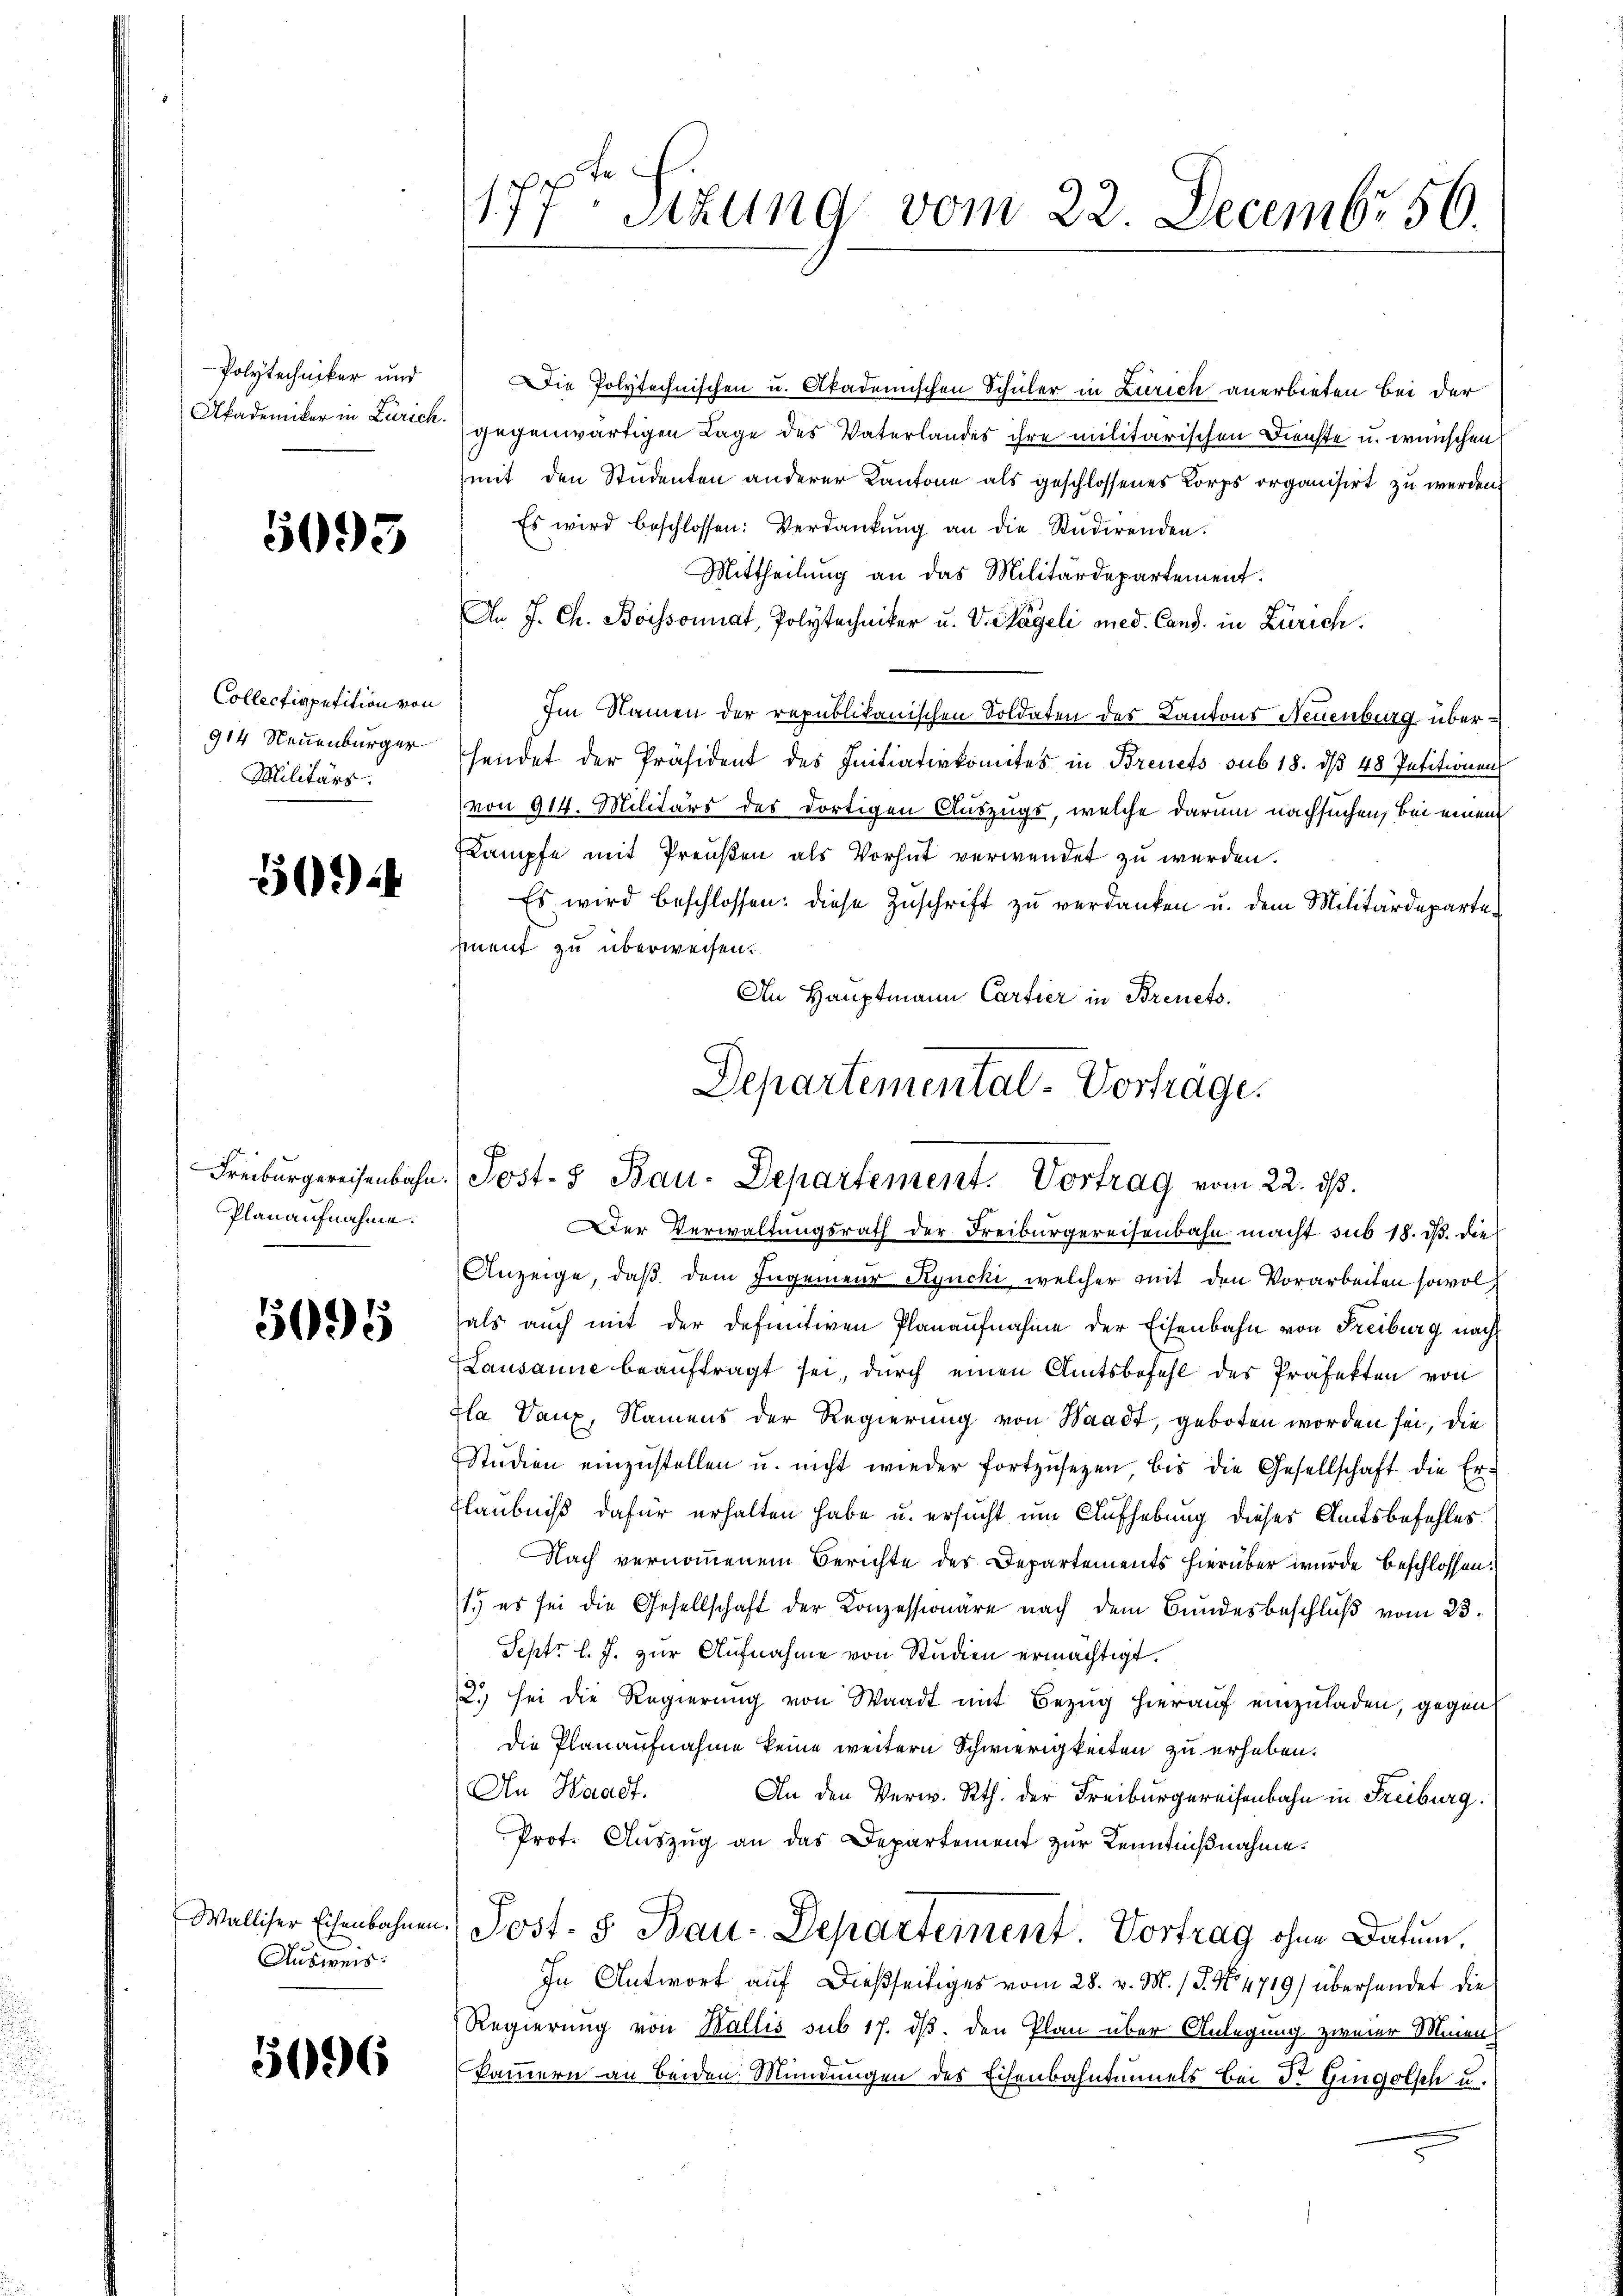
Polytechniker und
Akademiker in Zürich.

5093

Collectivpetition von
914 Neuenburger
Militärs.

50944

Planaufnahme.

5695

Ausweis.

036

177ten Sitzung vom 22. Decembr 56.

Die Polytechnischen u. Akademischen Schüler in Zürich anerbieten bei der
gegenwärtigen Lage des Vaterlandes ihre militärischen Dienste u. wünschen
mit den Studenten anderer Kantone als geschlossenes Korps organisirt zu werden.
Es wird beschlossen: Verdankŭng an die Studirenden.
Mittheilung an das Militärdepartement.
An J. Ch. Boissoniat, Polytechniker u. V. Wägeli med. Cand. in Zürich.
Im Namen der republikanischen Soldaten des Kantons Neuenburg, übersendet der Präsident des Initiativkomites in Breuets sub 18. dβ 48 Petitionen
(von 914. Militärs des dortigen Auszugs, welche darum nachsuchen, bei einem
kämpfe mit Preußen als Vorhut verwendet zu werden.
Es wird beschlossen: diese Zuschrift zu verdanken u. dem Militärdeparteiment zu überweisen.
An Hauptmann Cartier in Brevets.

Departemental-Vorträge.
F
Freiburgereisenbahn. (Post- & Bau-Departement. Vortrag vom 22. ds.
Der Verwaltungsrath der Freiburgereisenbahn macht sub 18. d. die

Anzeige, daß dem Ingenieur Kyucki, welcher mit den Vorarbeiten sowol,
als auch mit der definitiven Planaufnahme der Eisenbahn von Freiburg nach
Lausanne beaŭftragt sei, durch einen Amtsbefehl des Präfekten von
Zla Vauz, Namens der Regierung von Waadt, geboten worden sei, die
Stŭdien einzŭstellen u. nicht wieder fortzŭsetzen, bis die Gesellschaft die Er-
flaubniß dafür erhalten habe u. ersucht um Aufhebung dieses Amtsbefehles.
Nach vernommenem Berichte des Departements hierüber wurde beschlossen:
1.) es sei die Gesellschaft der Konzessionäre nach dem Bundesbeschluß vom 23.
Sept. l. J. zur Aufnahme von Studien ermächtigt.
2.) sei die Regierŭng von Waadt mit Bezŭg hieraŭf einzŭladen, gegen
die Planaufnahme keine weitern Schwierigkeiten zu erheben.
An Waadt.
An den Verw. Rth. der Freiburgereisenbahn in Freiburg.
Prot. Auszug an das Departement zur Kenntnißnahme.
Walliser Eisenbahnen. Post- & Bau-Departement Vortrag ohne Datum,
In Antwort auf dießseitiges vom 28. v. M. (T. N. 4719) übersendet die
Regierung von Wallis sub 17. ds. den Plan über Anlegung zweier Meien;
Pammern an beiden Mündungen des Eisenbahntennels bei Dr. Gingolsch u.